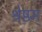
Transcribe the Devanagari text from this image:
श्रेष्ठम्